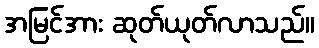
အမြင်အား ဆုတ်ယုတ်လာသည်။